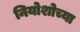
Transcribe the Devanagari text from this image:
नियोशोच्या